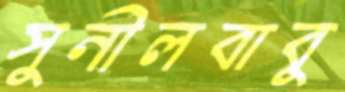
সুনীলবাবু